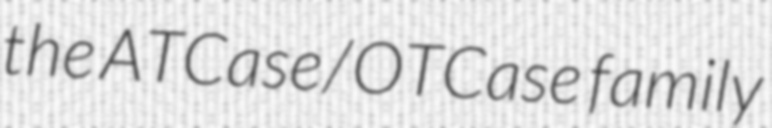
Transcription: the ATCase/OTCase family